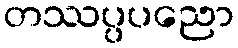
တဿပ္ပပညော